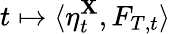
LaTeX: t\mapsto\langle\eta_{t}^{\mathbf{X}},F_{T,t}\rangle